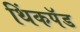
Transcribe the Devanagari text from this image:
थिंकपॅड